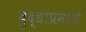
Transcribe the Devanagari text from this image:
बुद्धाप्रमाणे